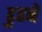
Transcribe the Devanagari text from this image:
ढुढने